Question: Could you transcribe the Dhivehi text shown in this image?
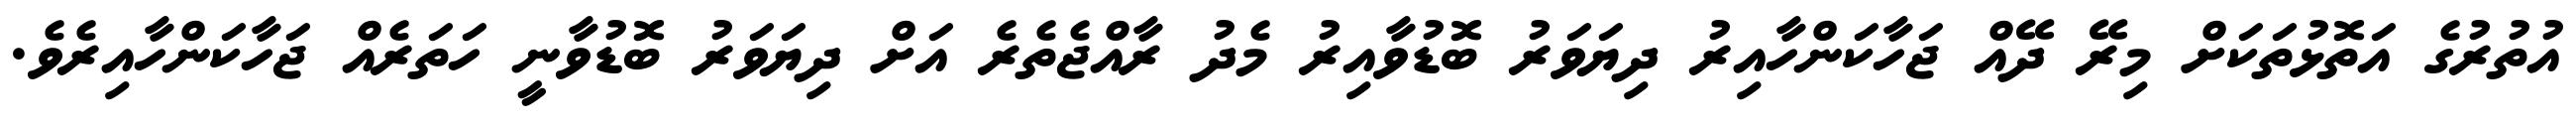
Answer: އުތުރުގެ އަތޮޅުތަކަށް މިރޭ ދޭއް ޖަހާކަންހާއިރު ދިޔަވަރު ބޮޑުވާއިރު މެދު ރާއްޖެތެރެ އަށް ދިޔަވަރު ބޮޑުވާނީ ހަތަރެއް ޖަހާކަންހާއިރެވެ.